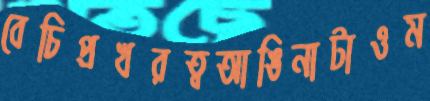
বেচিপ্রখরত্বআঙিনাটাওম